Statistics compiled by the Government of India from the reports of provincial Civil Veterinary Departments
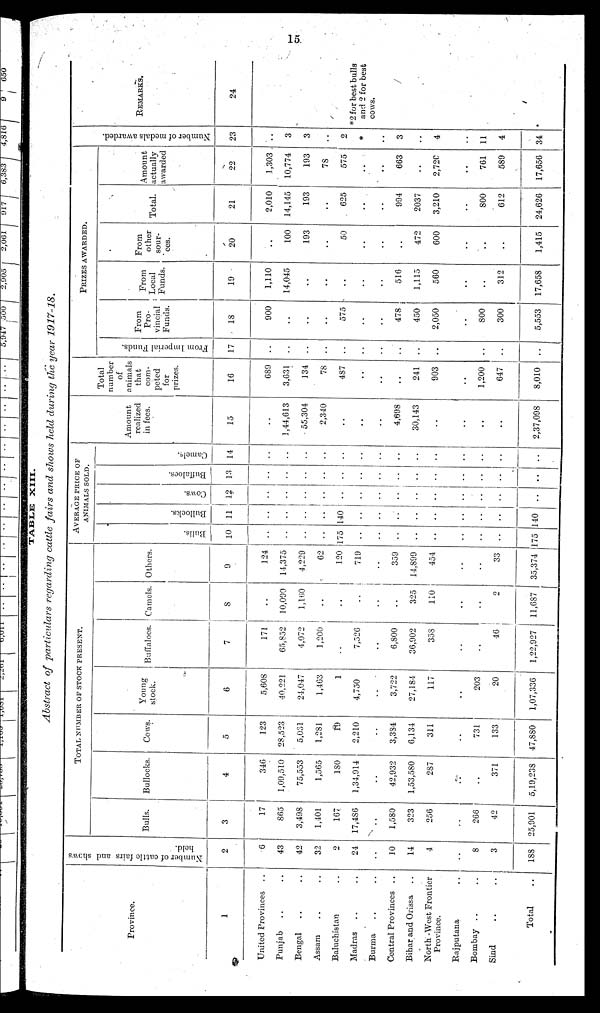
15
TABLE
XIII.
Abstract of particulars regarding cattle fairs and shows held during the year 1917-18.
Province.
1
United Provinces..
Punjab .. ..
Bengal .. ..
Assam .. ..
Baluchistan ..
Madras .. ..
Burma .. ..
Central Provinces ..
Bihar and Orissa ..
North -West Frontier
Province.
Rajputana ..
Bombay .. ..
Sind .. ..
Total ..
Number of cattle fairs and shows
held.
2
6
43
42
32
2
24
..
10
14
4
..
8
3
188
TOTAL NUMBER OF STOCK PRESENT.
Bulls.
3
17
865
3,498
1,401
167
17,486
..
1,580
323
256
..
266
42
25,901
Bullocks.
4
346
1,09,510
75,553
1,565
180
1,34,914
..
42,932
1,53,580
287
..
..
371
5,19,238
Cows.
5
123
28,523
5,031
1,281
19
2,210
..
3,334
6,134
311
..
731
133
47,880
Young
stock.
6
5,608
40,221
24,047
1,463
1
4,750
..
3,722
27,184
117
..
203
20
1,07,336
Buffaloes.
7
171
65,852
4,072
1,200
..
7,526
..
6,800
36,902
358
..
..
46
1,22,927
Camels.
8
..
10,090
1,160
..
..
..
..
..
325
110
..
..
2
11,687
Others.
9
124
14,375
4,229
62
120
719
..
359
14,899
454
..
..
33
35,374
AVERAGE PRICE OF
ANIMALS SOLD.
Bul l s.
10
..
..
..
..
175
..
..
..
..
..
..
..
..
175
Bullocks.
11
..
..
..
..
140
..
..
..
..
..
..
..
..
140
Cows .
12
..
..
..
..
..
..
..
..
..
..
..
..
..
..
Buffaloes.
13
..
..
..
..
..
..
..
..
..
..
..
..
..
..
Ca me l
s .
14
..
..
..
..
..
..
..
..
..
..
..
..
..
..
Amount
realized
in fees.
15
..
1,44,613
55,304
2,340
..
..
..
4,698
30,143
..
..
..
..
2,37,098
Total
number
of
animals
that
com-
peted
for
prizes.
16
689
3,631
134
78
487
..
..
..
241
903
..
1,200
647
8,010
PRIZES AWARDED.
Fr om Imperial Funds.
17
..
..
..
..
..
..
..
..
..
..
..
..
..
..
From
Pro-
vincial
Funds.
18
900
..
..
..
575
..
..
478
450
2,050
..
800
300
5,553
From
Local
Funds.
19
1,110
14,045
..
..
..
..
..
516
1,115
560
..
..
312
17,658
From
other
sour-
ces.
20
..
100
193
..
50
..
..
..
472
600
..
..
..
1,415
Total
21
2,010
14,145
193
..
625
..
..
994
2037
3,210
..
800
612
24,626
Amount
actually
awarded
22
1,303
10,774
193
78
575
..
663
..
2,720
..
761
589
17,656
Number of medals awarded.
23
..
3
3
..
2
*
..
3
..
4
..
11
4
34
REMARKS.
24
*2 for best bulls
and 2 for best
cows.